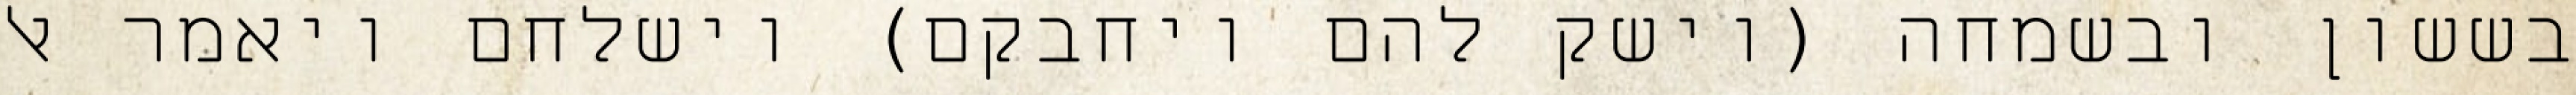
בששון ובשמחה (וישק להם ויחבקם) וישלחם ויאמר אל